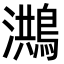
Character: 𪃡